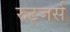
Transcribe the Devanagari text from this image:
रुटजर्स